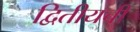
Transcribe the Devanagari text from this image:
द्वितीयची